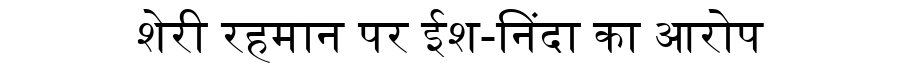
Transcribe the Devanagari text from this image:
शेरी रहमान पर ईश-निंदा का आरोप